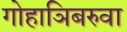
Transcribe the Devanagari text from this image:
गोहाञिबरुवा